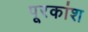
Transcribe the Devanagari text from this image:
पूरकांश